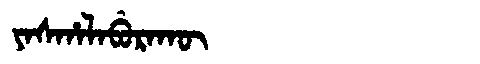
Manchu: ᠶᠠᠰᡥᠠᠯᠠᠪᡠᡵᠠᡴᡡ
Romanization: YASHALABURAKŪ